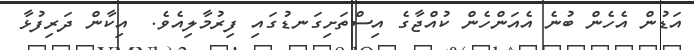
އަޑުން އެހެން ބުނެ އެއަންހެން ކުއްޖާގެ އިސްތަށިގަނޑުގައި ފިރުމާލިއެވެ.  އިކާން ދަރިފުޅާ